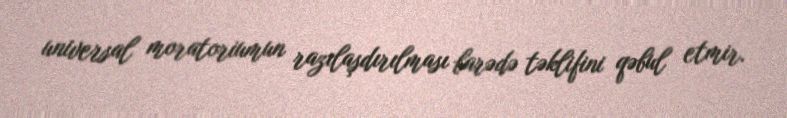
universal moratoriumun razılaşdırılması barədə təklifini qəbul etmir.